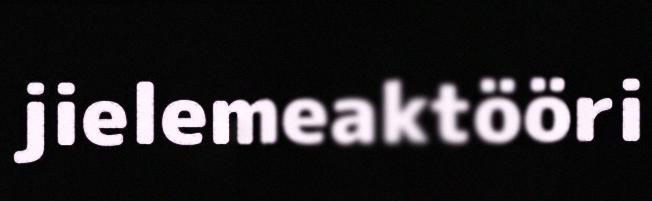
jielemeaktööri